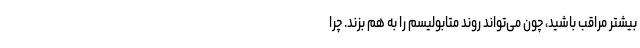
بیشتر مراقب باشید، چون می‌تواند روند متابولیسم را به هم بزند. چرا